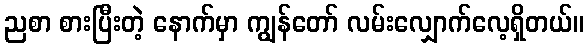
ညစာ စားပြီးတဲ့ နောက်မှာ ကျွန်တော် လမ်းလျှောက်လေ့ရှိတယ်။